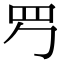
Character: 𦉶